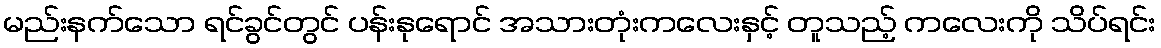
မည်းနက်သော ရင်ခွင်တွင် ပန်းနုရောင် အသားတုံးကလေးနှင့် တူသည့် ကလေးကို သိပ်ရင်း